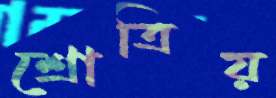
শ্রোত্রিয়